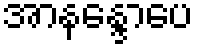
အာနန္ဒောပေ